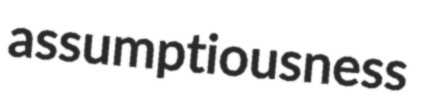
assumptiousness